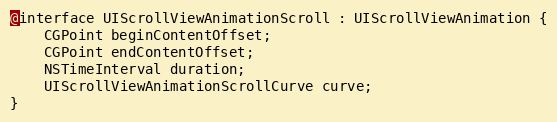
Language: C
@interface UIScrollViewAnimationScroll : UIScrollViewAnimation {
    CGPoint beginContentOffset;
    CGPoint endContentOffset;
    NSTimeInterval duration;
    UIScrollViewAnimationScrollCurve curve;
}